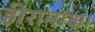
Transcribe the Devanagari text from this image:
हीरानाक्ष।